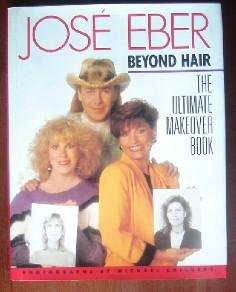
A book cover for Jose Eber Beyond Hair: The Ultimate Makeover Book; Jose Eber; Health, Fitness & Dieting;